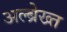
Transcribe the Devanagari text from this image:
अल्ब्रेख्त